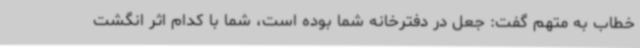
خطاب به متهم گفت: جعل در دفترخانه شما بوده است، شما با کدام اثر انگشت